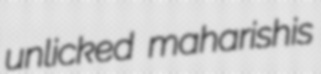
unlicked maharishis